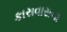
કારાવાસના